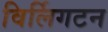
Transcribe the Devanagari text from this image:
विर्लिगटन